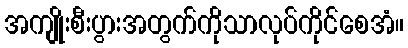
အကျိုးစီးပွားအတွက်ကိုသာလုပ်ကိုင်စေအံ။